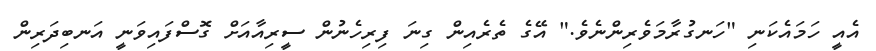
އެއީ ހަމައެކަނި "ހަނގުރާމަވެރިންނެވެ." އޭގެ ތެރެއިން ގިނަ ފިރިހެނުން ސީރިއާއަށް ގޮސްފައިވަނީ އަނބިދަރިން